Document type: Oath
Year: 1447
Scribe: Pere Figuerola
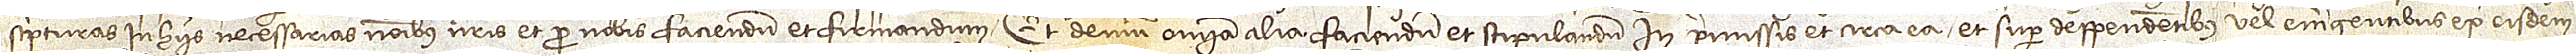
scripturas in hiis necessarias nominibus nostris et pro nobis faciendum et firmandum, et demum omnia alia faciendum et stipulandum in premissis et circa ea et super deppendentibus vel emergentibus ex eisdem